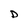
Character: D